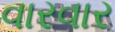
વારવાર